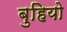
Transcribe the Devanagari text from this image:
बुहियो